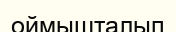
оймышталып